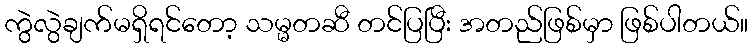
ကွဲလွဲချက်မရှိရင်တော့ သမ္မတဆီ တင်ပြပြီး အတည်ဖြစ်မှာ ဖြစ်ပါတယ်။